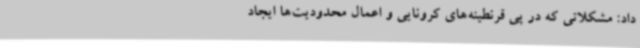
داد: مشکلاتی که در پی قرنطینه‌های کرونایی و اعمال محدودیت‌ها ایجاد